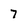
Character: 7